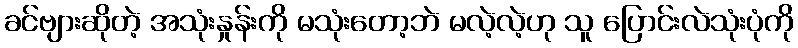
ခင်ဗျားဆိုတဲ့ အသုံးနှုန်းကို မသုံးတော့ဘဲ မလဲ့လဲ့ဟု သူ ပြောင်းလဲသုံးပုံကို